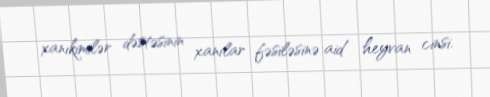
xanıkimilər dəstəsinin xanılar fəsiləsinə aid heyvan cinsi.